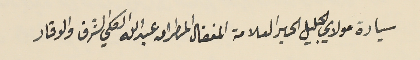
سيادة مولاي الجليل الحبر العلامة المفضال المطران عبدالله الكلي الشرف والوقار